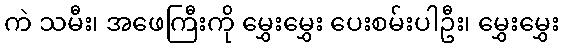
ကဲ သမီး၊ အဖေကြီးကို မွှေးမွှေး ပေးစမ်းပါဦး၊ မွှေးမွှေး